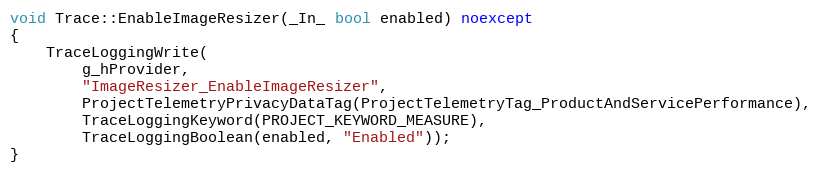
Language: C++
void Trace::EnableImageResizer(_In_ bool enabled) noexcept
{
    TraceLoggingWrite(
        g_hProvider,
        "ImageResizer_EnableImageResizer",
        ProjectTelemetryPrivacyDataTag(ProjectTelemetryTag_ProductAndServicePerformance),
        TraceLoggingKeyword(PROJECT_KEYWORD_MEASURE),
        TraceLoggingBoolean(enabled, "Enabled"));
}